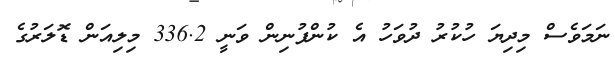
ނަމަވެސް މިދިޔަ ހުކުރު ދުވަހު އެ ކުންފުނިން ވަނީ 336.2 މިލިއަން ޑޮލަރުގެ